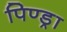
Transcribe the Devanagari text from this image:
पिण्‍ड्रा